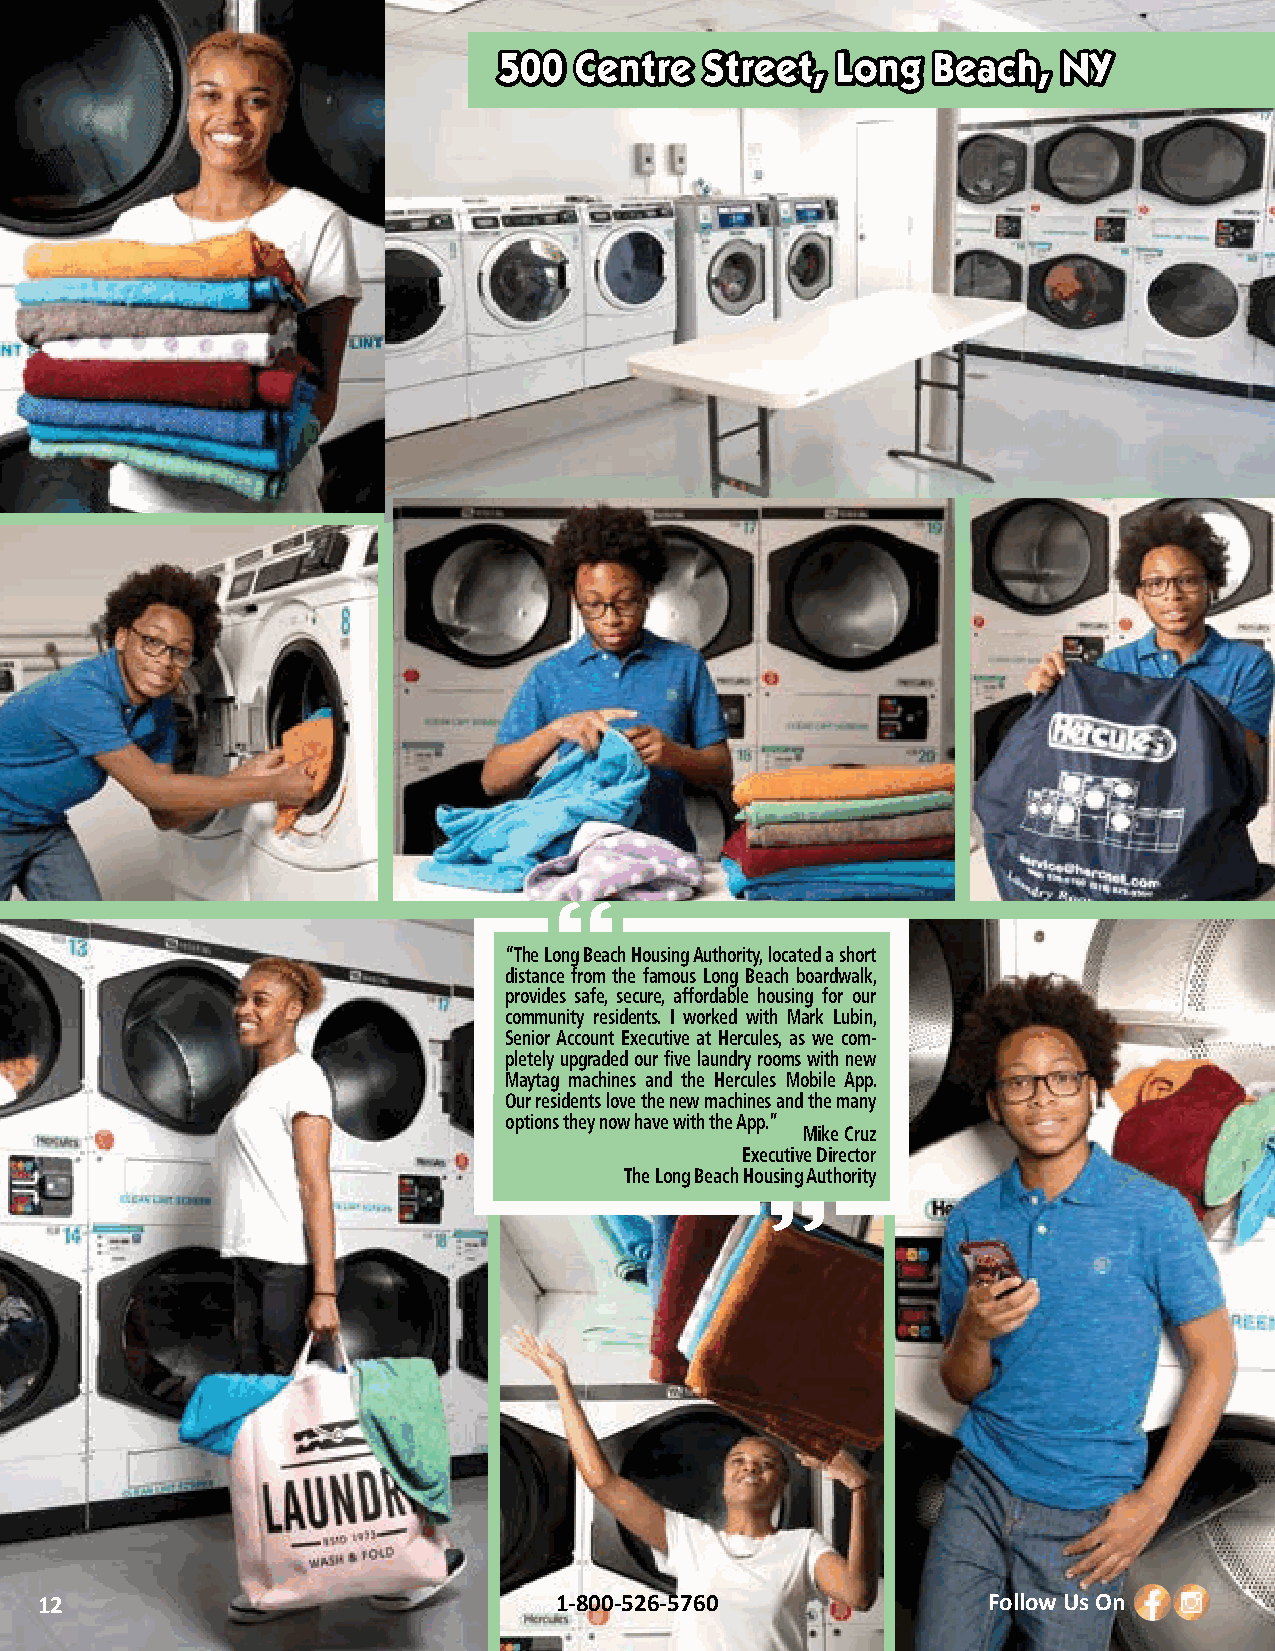
550000 CCeennttrree SSttrreeeett,, LLoonngg BBeeaacchh,, NNYY
 “The Long Beach Housing Authority, located a short
 distance from the famous Long Beach boardwalk,
 provides safe, secure, affordable housing for our
 community residents. I worked with Mark Lubin,
 Senior Account Executive at Hercules, as we com-
 pletely upgraded our five laundry rooms with new
 Maytag machines and the Hercules Mobile App.
 Our residents love the new machines and the many
 options they now have with the App.”
 Mike Cruz
 Executive Director
 The Long Beach Housing Authority
 12                                 1-800-526-5760              Follow Us On